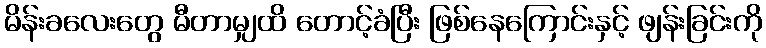
မိန်းခလေးတွေ မီတာမျှထိ တောင့်ခံပြီး ဖြစ်နေကြောင်းနှင့် ဖျန်းခြင်းကို